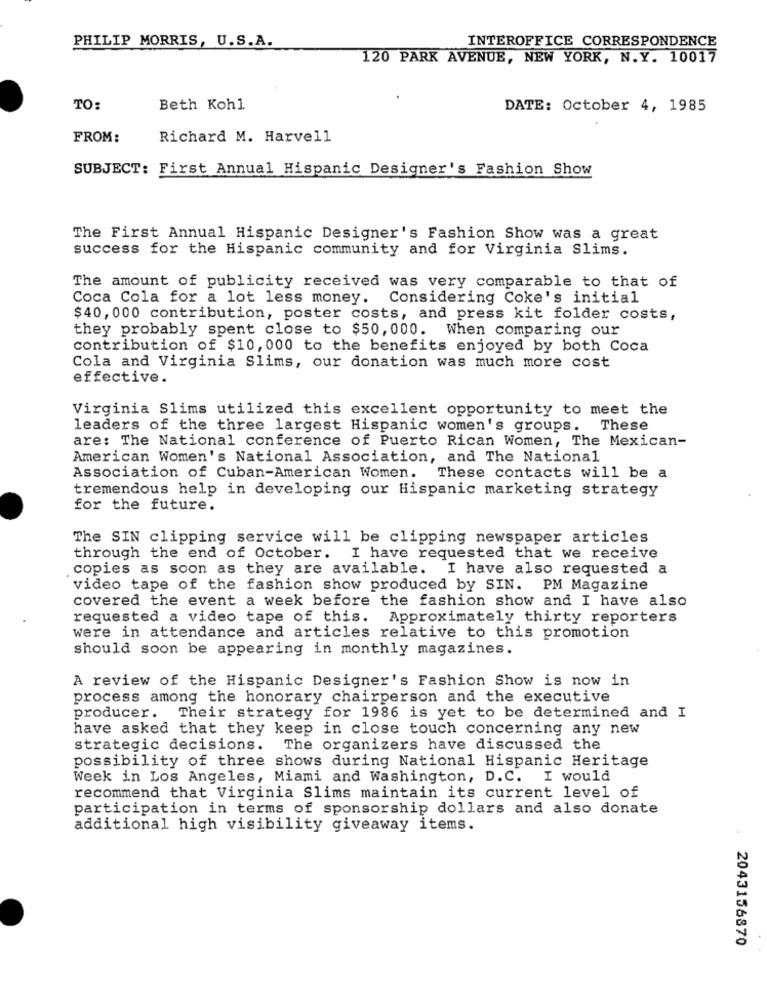
PHILIP MORRIS, U.S.A.
INTEROFFICE CORRESPONDENCE
120 PARK AVENUE, NEW YORK, N.Y. 10017
TO:
Beth Kohl
DATE: October 4, 1985
FROM:
Richard M. Harvell
SUBJECT: First Annual Hispanic Designer's Fashion Show
The First Annual Hispanic Designer's Fashion Show was a great
success for the Hispanic community and for Virginia Slims.
The amount of publicity received was very comparable to that of
Coca Cola for a lot less money. Considering Coke's initial
$40, 000 contribution, poster costs, and press kit folder costs,
they probably spent close to $50, 000. When comparing our
contribution of $10, 000 to the benefits enjoyed by both Coca
Cola and Virginia Slims, our donation was much more cost
effective.
Virginia Slims utilized this excellent opportunity to meet the
leaders of the three largest Hispanic women's groups. These
are: The National conference of Puerto Rican Women, The Mexican-
American Women's National Association, and The National
Association of Cuban-American Women. These contacts will be a
tremendous help in developing our Hispanic marketing strategy
for the future.
The SIN clipping service will be clipping newspaper articles
through the end of October. I have requested that we receive
copies as soon as they are available. I have also requested a
video tape of the fashion show produced by SIN. PM Magazine
covered the event a week before the fashion show and I have also
requested a video tape of this. Approximately thirty reporters
were in attendance and articles relative to this promotion
should soon be appearing in monthly magazines.
A review of the Hispanic Designer's Fashion Show is now in
process among the honorary chairperson and the executive
producer. Their strategy for 1986 is yet to be determined and I
have asked that they keep in close touch concerning any new
strategic decisions. The organizers have discussed the
possibility of three shows during National Hispanic Heritage
Week in Los Angeles, Miami and Washington, D.C. I would
recommend that Virginia Slims maintain its current level of
participation in terms of sponsorship dollars and also donate
additional high visibility giveaway items.
2043156870